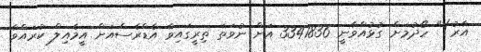
އާރު)" ހޯދުމަށް ގުޅުއްވާނީ 3341836 އަށް ނުވަތަ ތިރީގައިވާ އެޑްރެސްއަށް އީމެއިލް ކުރައްވާ